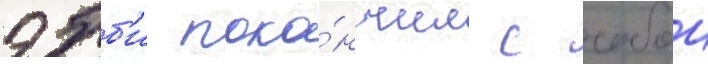
эбб'и поко́нчил с собои